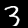
Label: 3